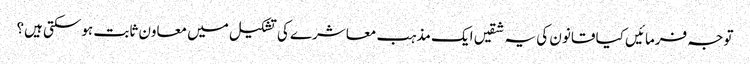
توجہ فرمائیں کیا قانون کی یہ شقیں ایک مذہب معاشرے کی تشکیل میں معاون ثابت ہوسکتی ہیں؟